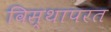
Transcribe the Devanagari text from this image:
विस्थापरत